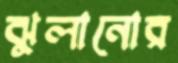
ঝুলানোর